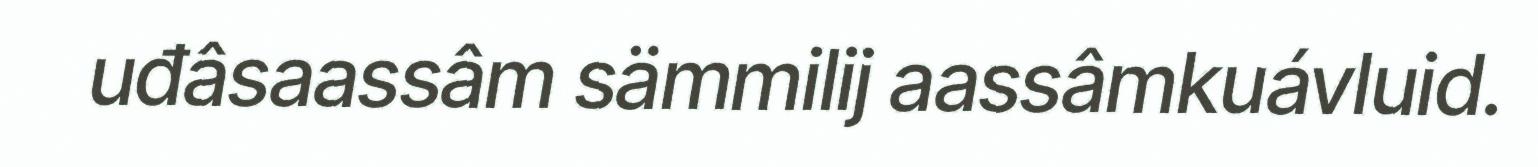
uđâsaassâm sämmilij aassâmkuávluid.